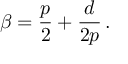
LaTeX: \beta = { \frac { p } { 2 } } + { \frac { d } { 2 p } } \, .